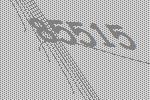
85515